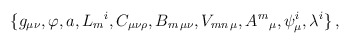
\begin{align*}\{g_{\mu\nu},\varphi,a,L_{m}{}^{i},C_{\mu\nu\rho},B_{m\, \mu\nu},V_{mn\, \mu},A^{m}{}_{\mu},\psi^{i}_{\mu},\lambda^{i}\}\, ,\end{align*}